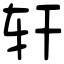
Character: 轩